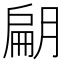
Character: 𭨿